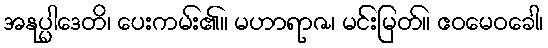
အနုပ္ပါဒေတိ၊ ပေးကမ်း၏။ မဟာရာဇ၊ မင်းမြတ်။ ဧဝမေဝခေါ၊